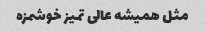
مثل همیشه عالی تمیز خوشمزه